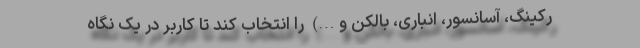
رکینگ، آسانسور، انباری، بالکن و…) را انتخاب کند تا کاربر در یک نگاه